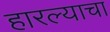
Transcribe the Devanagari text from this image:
हारल्याचा